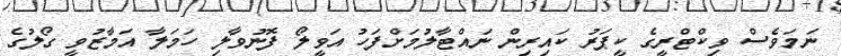
ނަމަވެސް ވިކްޓްރީގެ ކީޕަރު ކައިރިން ނައްޓާލުމަށްފަހު އަވީލޯ ފޮނުވާލި ހަމަލާ އަމާޒުވީ ގޯލުގެ